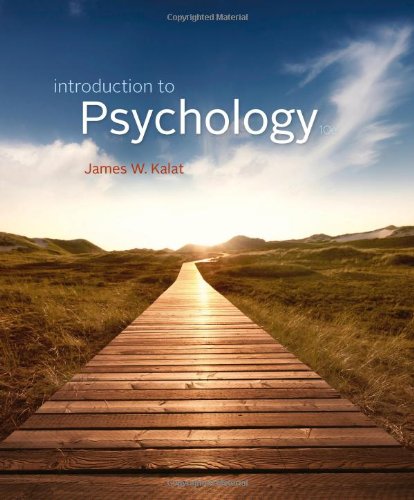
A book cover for Introduction to Psychology; James W. Kalat; Health, Fitness & Dieting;